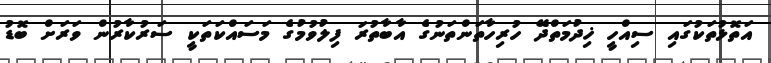
އަތޮޅުތަކުގައި ސިއްހީ ޚިދުމަތްދޭ ހުރިހާތަންތަނުގެ އާބާތުރަ ފިލުވުމުގެ މަސައްކަތަކީ ސަރުކާރުން ވަރަށް ބޮޑު